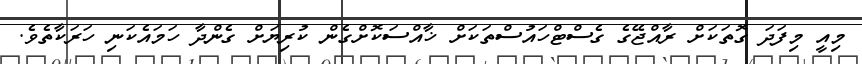
މިއީ މިފަދަ ގޮތަކަށް ރާއްޖޭގެ ގެސްޓްހައުސްތަކަށް ޚާއްސަކޮށްގެން ކުރިޔަށް ގެންދާ ހަމައެކަނި ހަރަކާތެވެ.